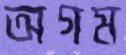
অগম